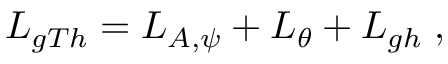
{ \cal L } _ { g T h } = { \cal L } _ { A , \psi } + { \cal L } _ { \theta } + { \cal L } _ { g h } \; ,